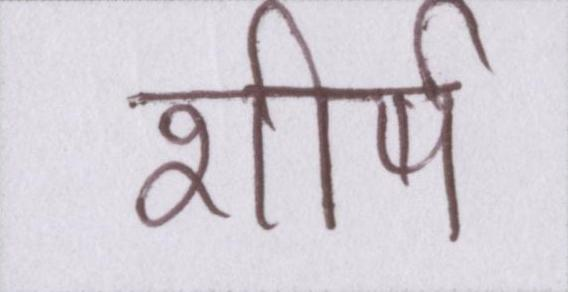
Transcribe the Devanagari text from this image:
शीर्ष